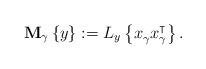
LaTeX: \begin{align*}\mathbf{M}_\gamma \left\lbrace y \right\rbrace := L_{y}\left\lbrace x_\gamma^{\vphantom{\intercal}} x_\gamma^\intercal\right\rbrace.\end{align*}